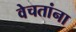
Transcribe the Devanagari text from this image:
वेचतांना